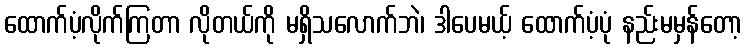
ထောက်ပံ့လိုက်ကြတာ လိုတယ်ကို မရှိသလောက်ဘဲ၊ ဒါပေမယ့် ထောက်ပံ့ပုံ နည်းမမှန်တော့